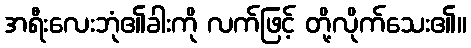
အရီးလေးဘုံ၏ခါးကို လက်ဖြင့် တို့လိုက်သေး၏။